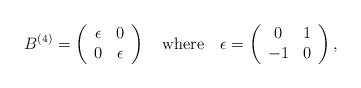
\begin{align*}B^{(4)}=\left(\begin{array}{cc} \epsilon &0 \\ 0&\epsilon\end{array}\right)\quad \mbox{where} \quad\epsilon=\left(\begin{array}{cc} 0 & 1 \\ -1 &0\end{array}\right),\end{align*}